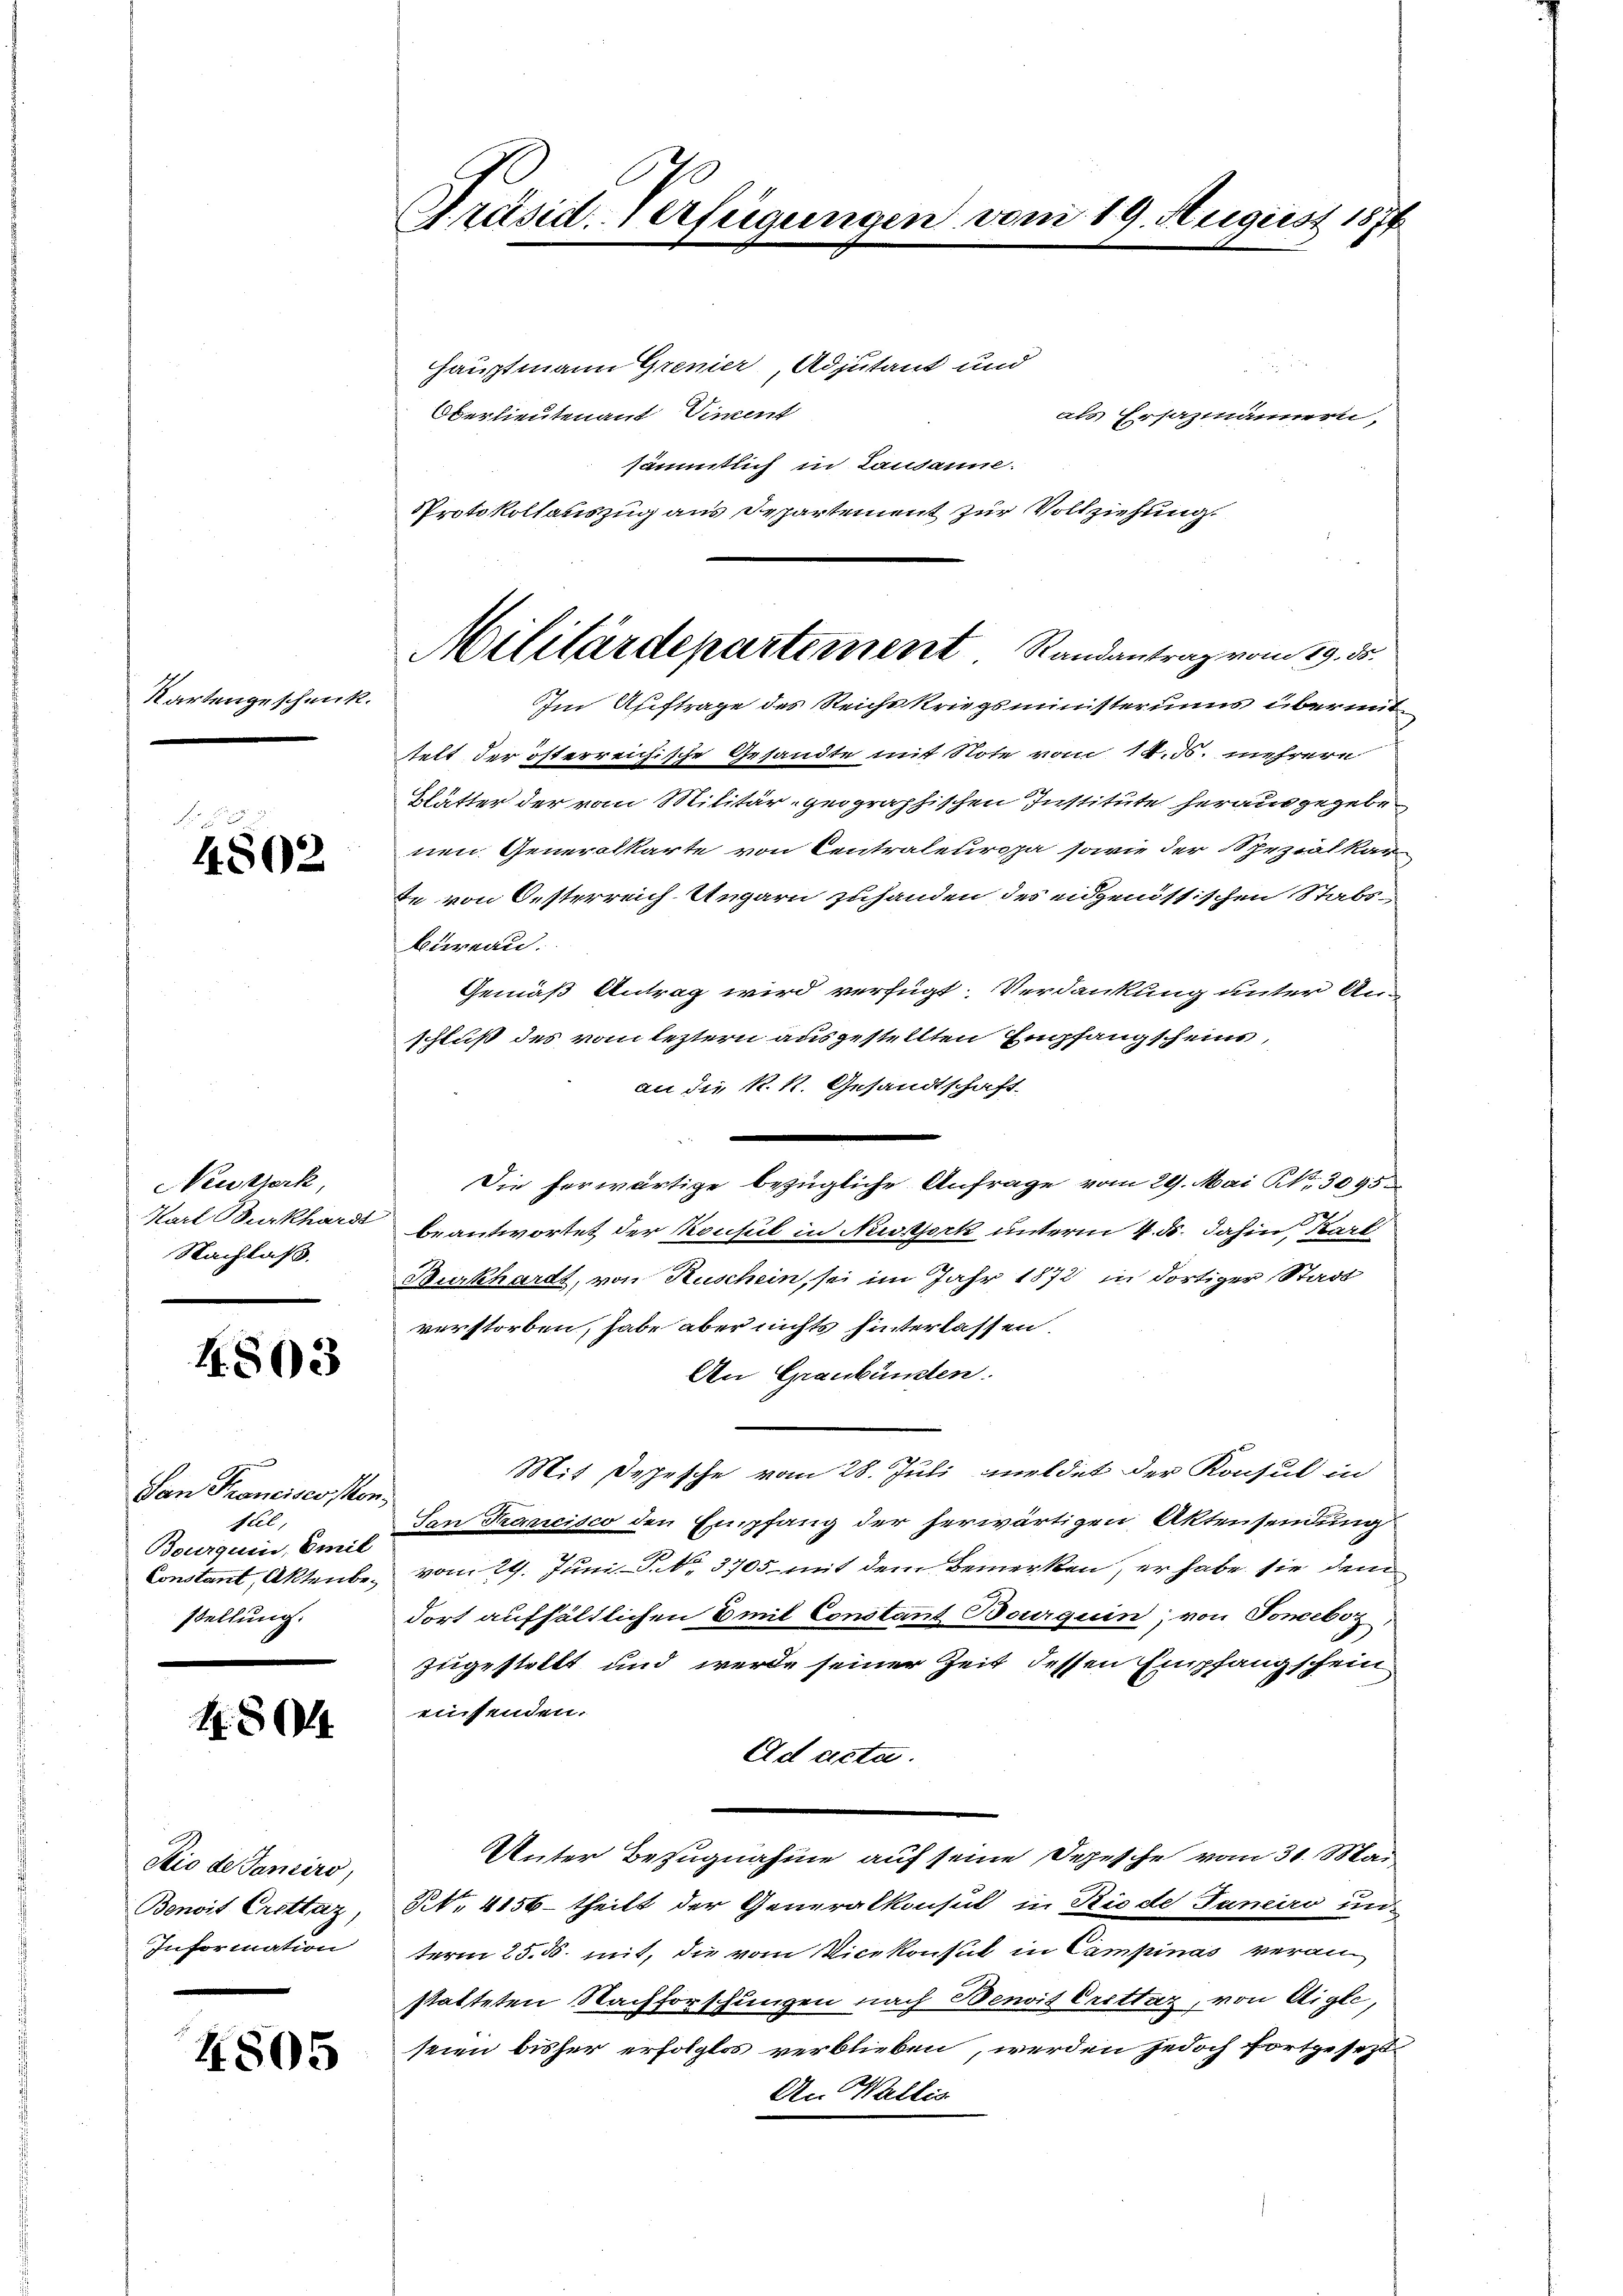
Kartengeschenk

4802

Neusterk
Karl Burkhardi
Nachlaß.

4503

San Francises Monfel,
Bourqui, Emil
Constant, Aktenbestellung.

180

Sio der Tanciro,
Benoit Crettaz
Information

4805

Präsid-Verfügungen vom 19. August 1876

Hauptmann Grenier, Adjutant und
Oberlieutenant Siment
als Ersazmännern,
sämmtlich in Landanne.
Protokollauszug aus Departement zur Vollziehung.
2
Im Auftrage des Reichskriegsministeriums übermit
telt der österreichische Gesandte mit Note vom 14. ds. mehrere
Blätter der vom Militär-geographischen Institute herausgegebe
nen Generalkarte von Centraleuropa sowie der Spezialkar
te von Oesterreich-Ungarn zuhanden des eidgenössischen Stabsbüreau.
Gemäß Antrag wird verfügt. Verdankung unter A
schluß des vom leztern ausgestellten Empfangscheins,
an die k. k. Gesandtschaft.
Die herwärtige bezügliche Anfrage vom 29. Mai N. 3095
beantwortet der Konsul in Nestork unterm 4. ds. dahin, Kart
Burkhardt, von Ruschein, sei im Jahr 1872 in dortiger Stadt
verstorben, habe aber nichts hinterlassen.
An Graubünden.
Mit Depesche vom 28. Juli meldet der Konsul in
San Krancisco den Empfang der herwärtigen Aktensendung
vom 29. Juni P. No. 3705 mit dem Bemerken, er habe sie dem
dort aufhältlichen 6 mit Constant Bourquin; von Tonceboz
zugestellt und werde seiner Zeit dessen Empfangschein
eusenden.
Ad acta.
Unter Bezugnahme auf seine Depesche vom 31. Mai
Nr. 4156- theilt der Generalkonsul in Riede Janeiro un
term 25. ds. mit, die vom Vicekonsul in Campinas veranstatteten Nachforschungen nach Benoit Crittag, von Aigle,
seien bisher erfolglos verblieben, werden jedoch fortgesezt¬
An Wallis

Militärdepartement Randantrag vom 19. ds.